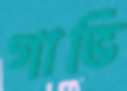
গাভি